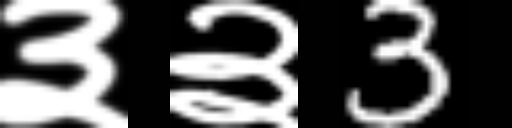
Text: ३३3